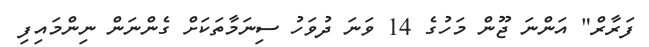
ފަރާރް" އަންނަ ޖޫން މަހުގެ 14 ވަނަ ދުވަހު ސިނަމާތަކަށް ގެންނަން ނިންމައިފި